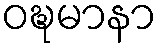
ဝဍ္ဎမာနာ